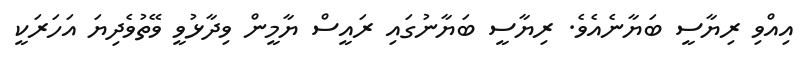
އިއްވި ރިޔާސީ ބަޔާނެއެވެ. ރިޔާސީ ބަޔާނުގައި ރައީސް ޔާމީން ވިދާޅުވީ ވޭތުވެދިޔަ އަހަރަކީ